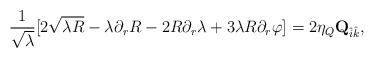
\begin{align*}{1\over \sqrt{\lambda}}[2\sqrt{\lambda R} - \lambda \partial_r R -2R\partial_r \lambda + 3\lambda R \partial_r \varphi] =2\eta_Q {\bf Q}_{\hat i\hat k},\end{align*}